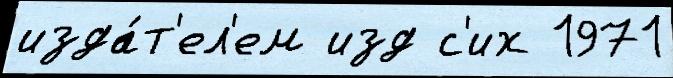
изда́т'ел'ем изд с'их 1971